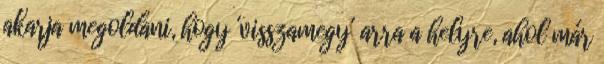
akarja megoldani, hogy 'visszamegy' arra a helyre, ahol már